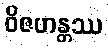
ဝိဇဟန္တဿ